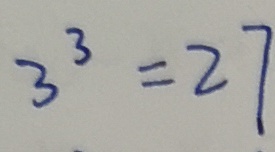
3 ^ { 3 } = 2 7